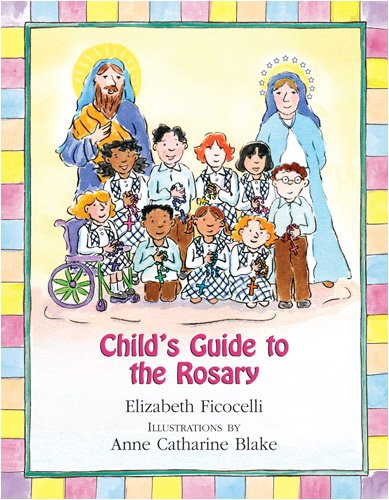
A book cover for Child's Guide to the Rosary; Elizabeth Ficocelli; Religion & Spirituality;